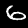
Digit: 6